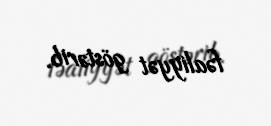
fəaliyyət göstərib.